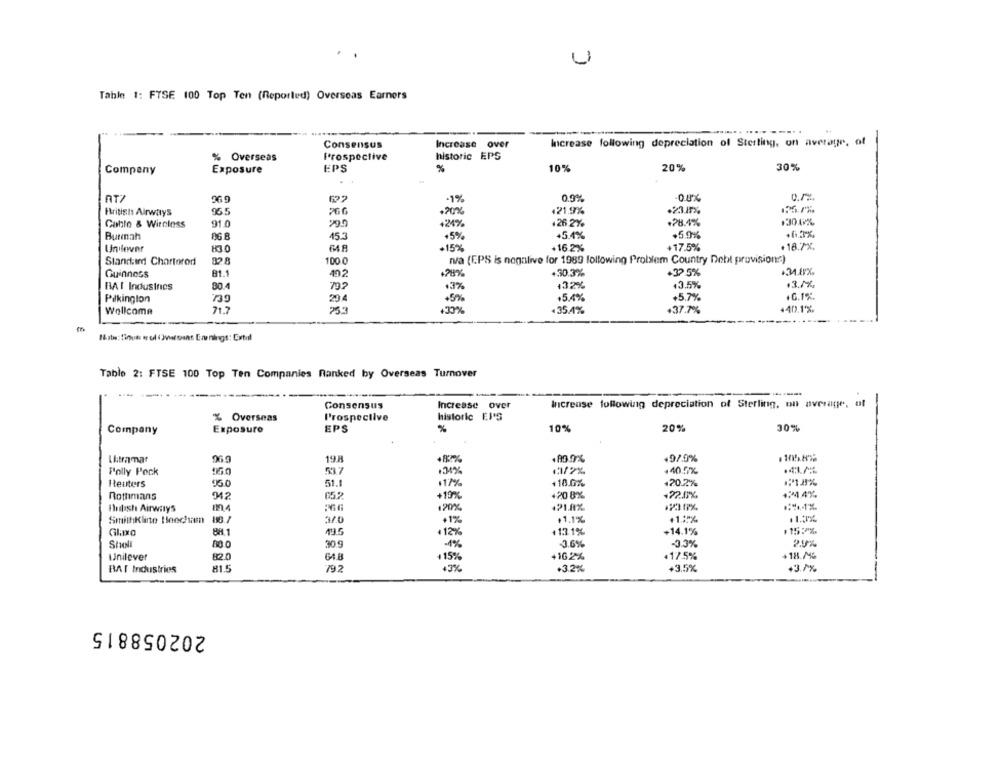
Tahle 1: FTSE 100 Top Ten (Reported) Overseas Earners
Consensus
Increase over
Increase following depreciation of Sterling, on average, of
% Overseas
Prospective
historic EPS
Company
Exposure
EPS
%
10%
20%
30%
-1%%
0.9%
-08%
British Airways
955
2GG
+20%
121.9%
.23.8%
Cable & Wireless
91.0
+24%
.26 2%
+28.4%
13009%
Burmah
06.8
45.3
+5%
+5.4%
+5.9%
.63%
18.7X.
Unilever
+15%
+16.2%
+17.5%
Standard Chartered
828
100 0
n/a (E.PS is nogalive for 1989 following Problem Country Debt provisions)
Guinness
81.1
402
+28%
+30.3%
+32 5%
80.4
+32%
+3.5%
.3.7%.
BAI Industries
.3%
Pilkinglon
739
20.4
+5%
+5.4%
+5,7%
+0.1%.
Wellcome
71.7
259
.35.4%
+37.7%
+40.1%
Table 2: FTSE 100 Top Ten Companies Ranked by Overseas Turnover
--.
Consensus
Increase over
Increase following depreciation of Sterling, on average, of
% Overseas
Prospective
historic EP'S
Company
Exposure
EPS
10%
20%
30%
Ultramar
19.8
+82%
49/.9%
1105.822
Polly Peck
53.7
+31%
1372%
.40.5%
Reuters
51.1
$17%
+18.0%
120.2%
Rothmans
+19%
+20 8%
+22.0%.
+24.4%
421.8%
Initish Airways
.20%
SmithKline Beecham
18.7
.1%
$1.1%
+1.2%
+14.1%
1155%
BH 1
+12%
113.1%
Shell
309
1%
-3.6%
2.9%
unilever
82.0
64.8
+15%
+16.2%
+17.5%
+18.7%
815
79.2
+3%
+3.2%
+3.5%
BAT Industries
43.7%
202058815